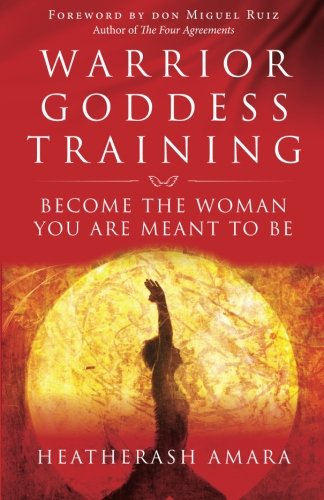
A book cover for Warrior Goddess Training: Become the Woman You Are Meant to Be; HeatherAsh Amara; Religion & Spirituality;